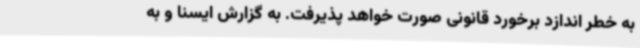
به خطر اندازد برخورد قانونی صورت خواهد پذیرفت. به گزارش ایسنا و به